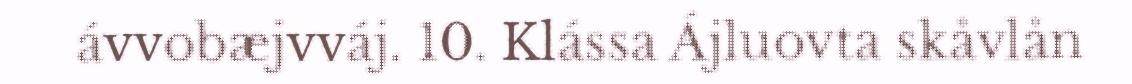
ávvobæjvváj. 10. Klássa Ájluovta skåvlån